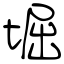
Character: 堀